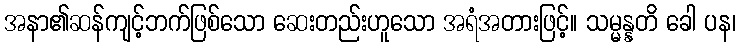
အနာ၏ဆန်ကျင့်ဘက်ဖြစ်သော ဆေးတည်းဟူသော အရံအတားဖြင့်။ သမ္မန္နတိ ခေါ ပန၊